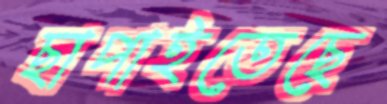
ছাপাইতেছে